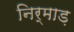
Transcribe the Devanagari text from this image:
निर्माड़